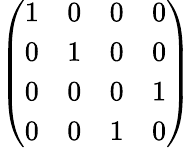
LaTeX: \left(\begin{array}{llll}{1}&{0}&{0}&{0}\\ {0}&{1}&{0}&{0}\\ {0}&{0}&{0}&{1}\\ {0}&{0}&{1}&{0}\end{array}\right)